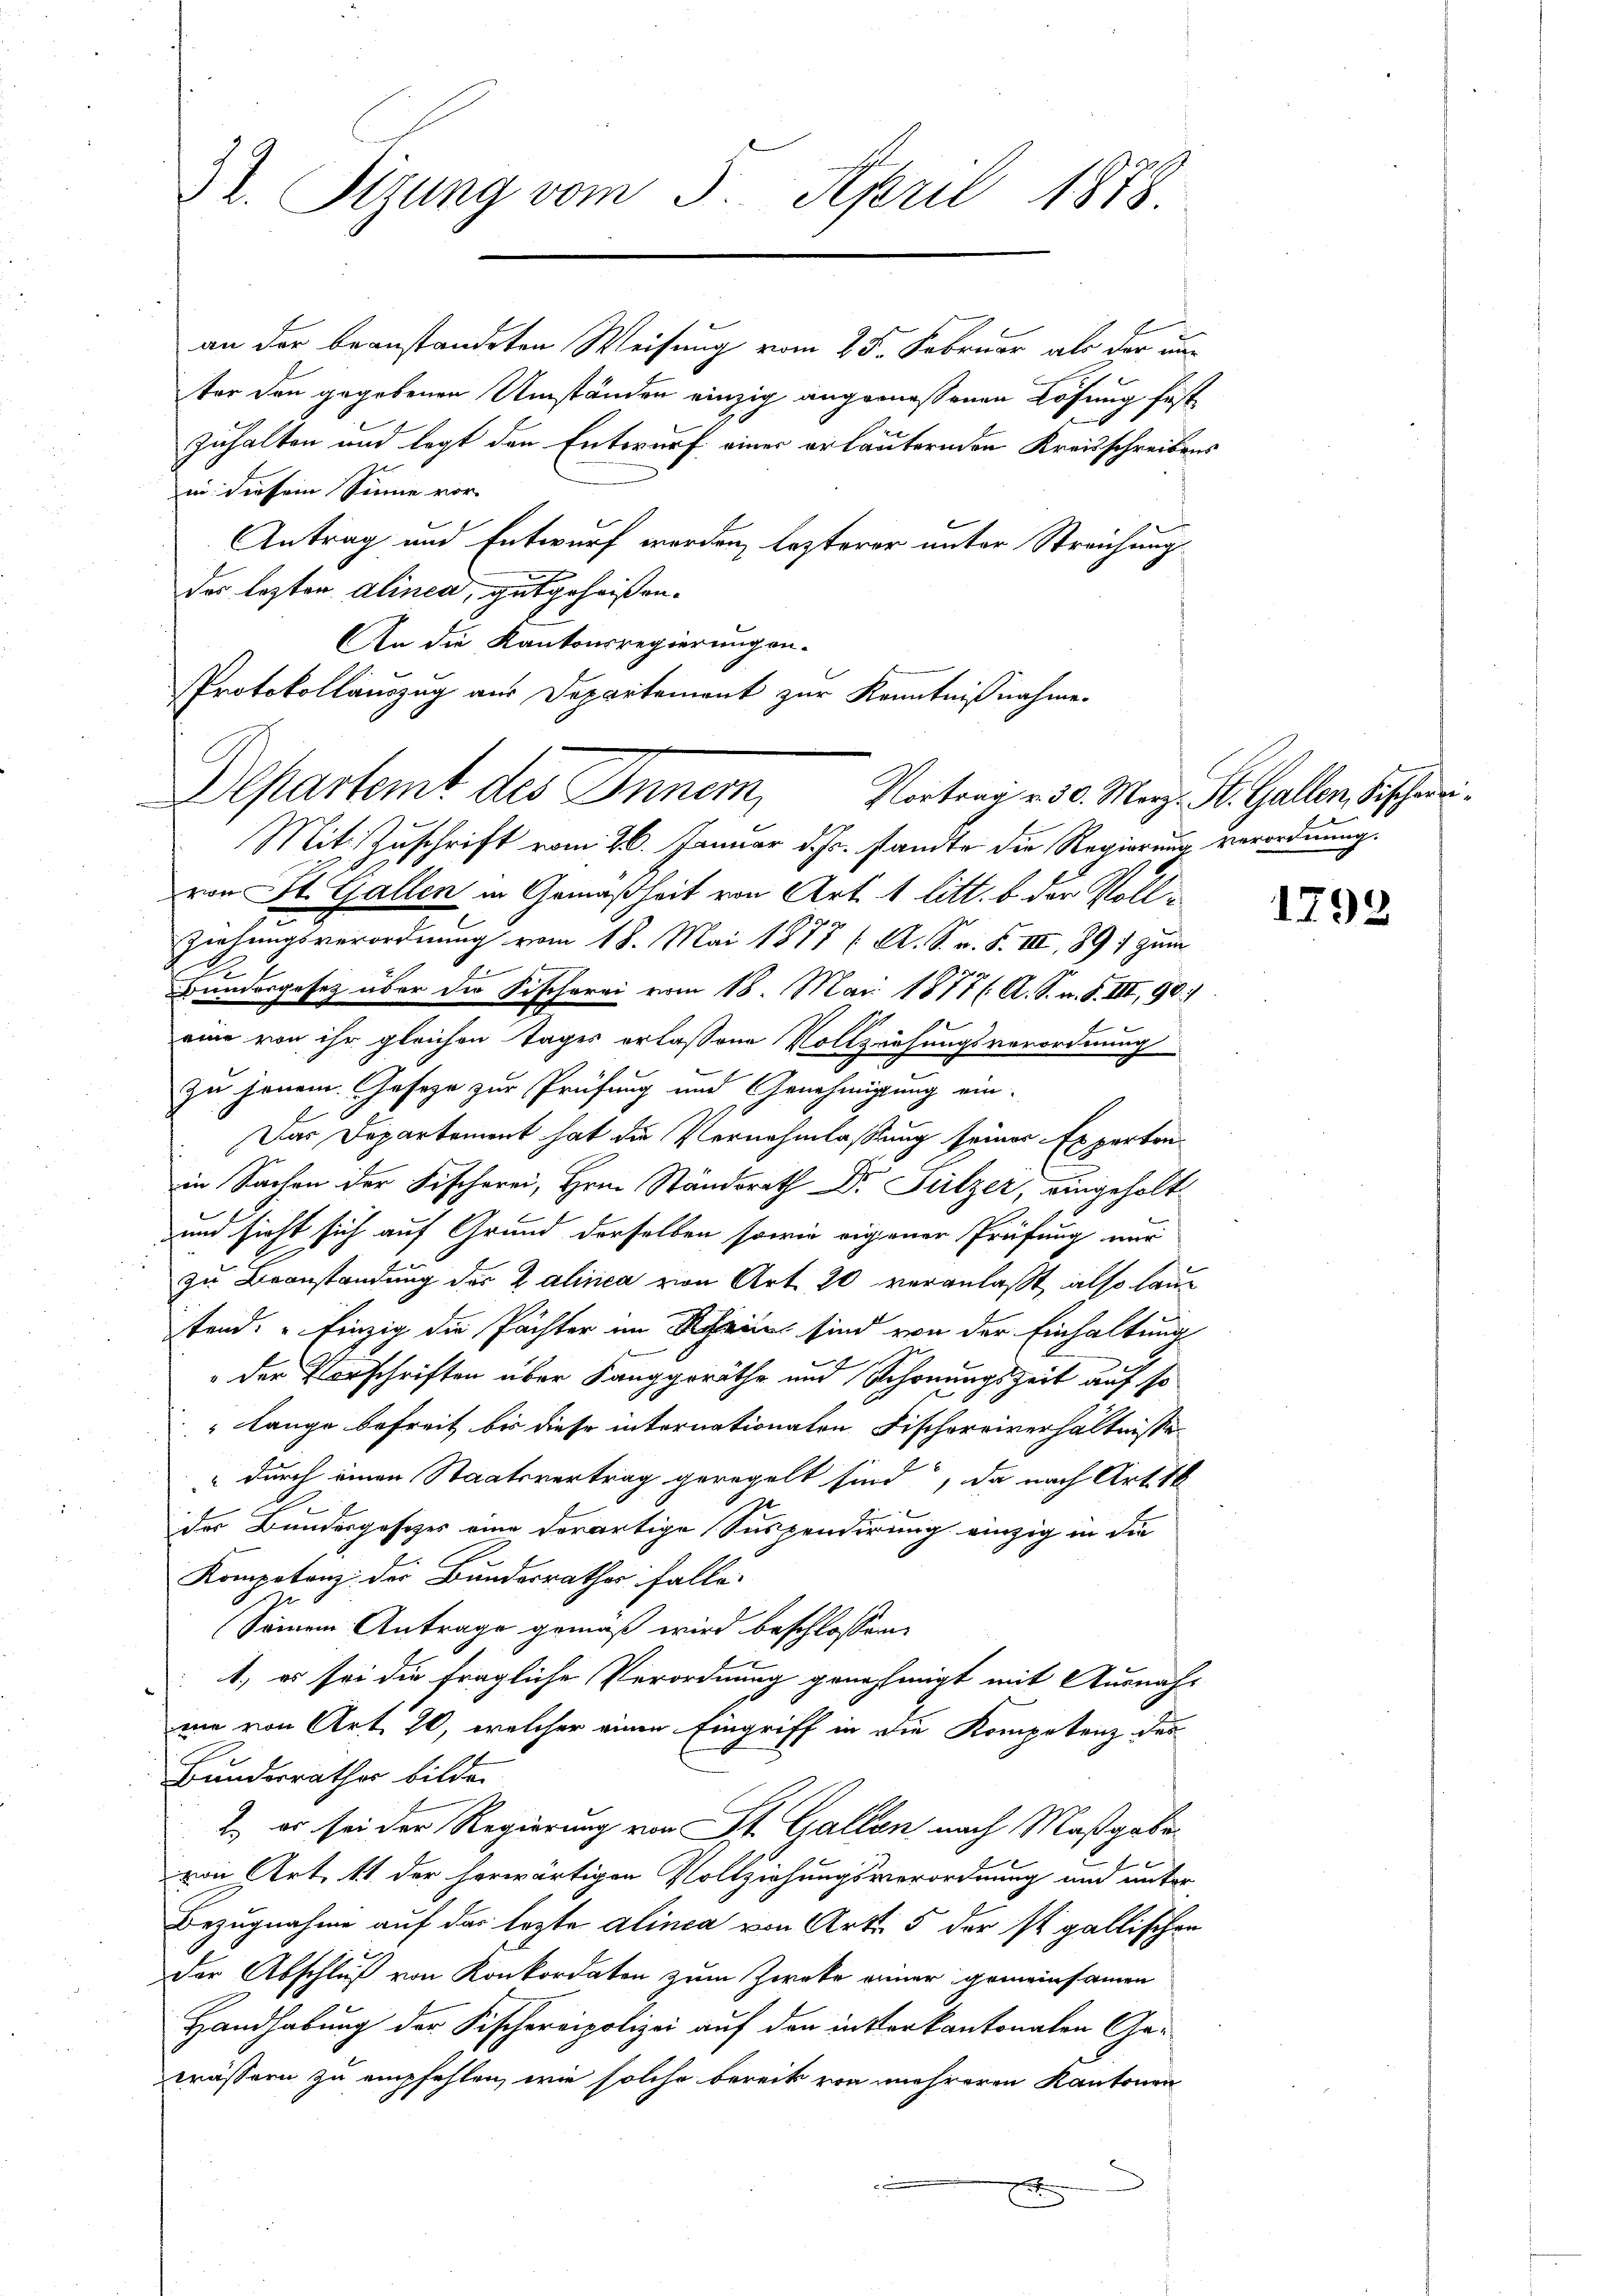
V. Sizung vom 3. April 1878.

Protokollauszug aus Departement zur Kenntnißnahme.
Departemt des Inner,

an der beanstandeten Weisung vom 25. Februar als der un
ter den gegebenen Umständen einzig angemessenen Lösung fest
zuhalten und legt den Entwurf einer erläuternden Kreisschreiben
in diesem Sinne vor-
Antrag und Entwurf werden, lezterer unter Streichungsdes lezten alinea, gutgeheißen.
An die Kantonsregierungen.
Mit Zuschrift vom 26. Januar d. Js. stamte die Regierung verordnung.
von St. Gallen in Gemäßheit von Art. 1 litt. b der Voll¬
Ziehungsverordnung vom 18. Mai 1877 ( A. S. n. F. VIII, 1897 zum
1
Bundesgesetz über die Fischerei vom 18. Mai 1877 ( A. S. n. F. III, 90
eine von ihr gleichen Tages erlassene Vollziehungsverordnung
zu jenein. Geseze zur Prüfung und Genehmigung ein-
Das Departement hat die Vernahmlassung seiner Experten
in Sachen der Fischerei, Hrn. Standsrath Dr Sulzer, eingeholt
und sieht sich auf Grund derselben sowie eigener Prüfung nur
zu Beanstandung des Zalinea von Art. 20 veranlaßt, also laue
stand. Einzig die Pächter im Rhein sind von der Einhaltung
der Vorschriften über Kanggeräthe und Schonungszeit auf so
" lange befreit bis diese internationalen Fischereiverhältnisse
" durch einen Staatsvertrag geregelt sind, da nach Art. 18
der Bundesgesetzes eine derartige Suspendirung einzig in die
Kompotenz der Bundesrathes falle:
s
(Seinem Antrage gemäß wird beschlossen
1) es sei die fragliche Verordnung genehmigt mit Ausnahme von Art. 70, welcher einen Eingriff in die Kompetenz des
Bundesräther bilde.
2) es sei der Regierung von St. Gallen nach Maßgabevon Art. 11 der herwärtigen Vollziehungsverordnung und unter
Bezugnahme auf der lezte alinea von Art. 5 der ist gallischen
Der Abschluß von Konkordaten zum Zweke einer gemeinsamen
Handhabung der Fischereipolizei auf den insterkantonalen Gawässern zu empfehlen, wie solche bereit von mehreren Kantonen

Vortrag v. 30. Merz, St. Gallen, Fischei¬

i

1798